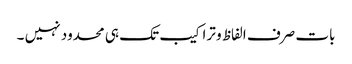
بات صرف الفاظ و تراکیب تک ہی محدود نہیں ۔